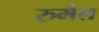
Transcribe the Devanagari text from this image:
रुमेल